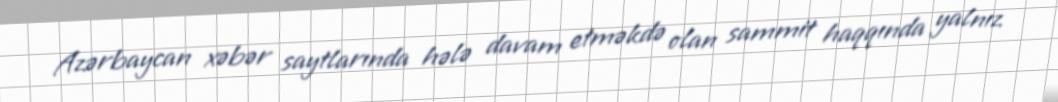
Azərbaycan xəbər saytlarında hələ davam etməkdə olan sammit haqqında yalnız